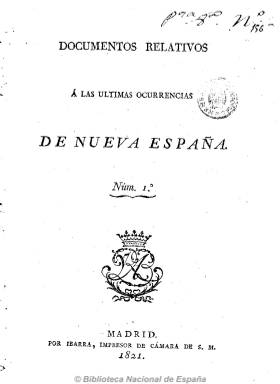
Título: Documentos relativos a las últimas ocurrencias de Nueva España
Colección: Historia
Ámbito geográfico: Madrid
Lugar de publicación: Madrid
Fechas: 01/01/1821-31/12/1821

Tres números de una veintena de páginas cada uno estampados en 1821 en Madrid por Ibarra, impresor de Cámara de Fernando VII, que recogen una serie de documentos sobre los acontecimientos militares previos a la independencia de México, considerados de primera importancia para “ilustrar y fijar la opinión pública sobre el estado del reyno de Nueva España”. Comienza con la publicación de la proclama del general Agustín Iturbide, al mando del Ejército de las Tres Garantías, conocido así por considerar como tales la religión católica como única, la independencia y la unión de los ejércitos novohispanos en litigio. Incluye órdenes, otras proclamas de los regimientos imperiales, oficios, capitulaciones y resúmenes de lar amas y municiones tomadas, contenidos de algunos papeles volantes, etc.